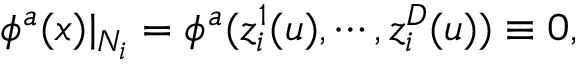
\phi ^ { a } ( x ) | _ { N _ { i } } = \phi ^ { a } ( z _ { i } ^ { 1 } ( u ) , \cdots , z _ { i } ^ { D } ( u ) ) \equiv 0 ,